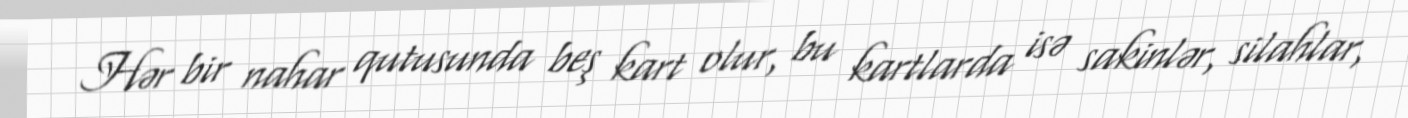
Hər bir nahar qutusunda beş kart olur, bu kartlarda isə sakinlər, silahlar,